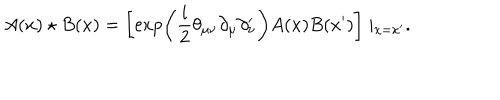
A ( x ) \star B ( x ) = \left[ \exp \left( \frac i 2 \theta _ { \mu \nu } \partial _ { \mu } \partial _ { \nu } ^ { \prime } \right) A ( x ) B ( x ^ { \prime } ) \right] \mid _ { x = x ^ { \prime } } .